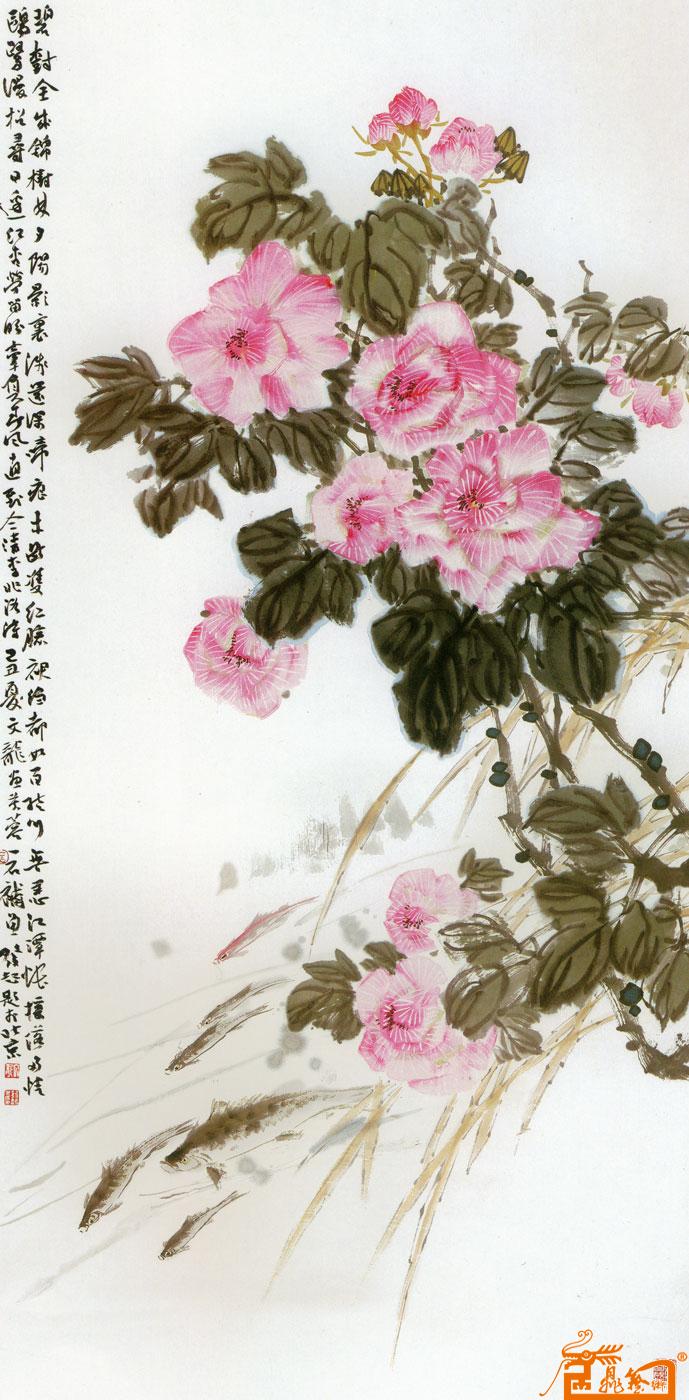
御柳如丝映九重，凤凰窗映绣芙蓉。